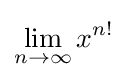
\lim _{n\to \infty }x^{n!}